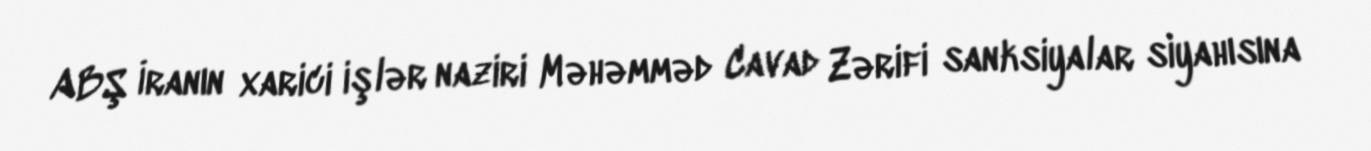
ABŞ İranın xarici işlər naziri Məhəmməd Cavad Zərifi sanksiyalar siyahısına